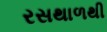
રસથાળથી